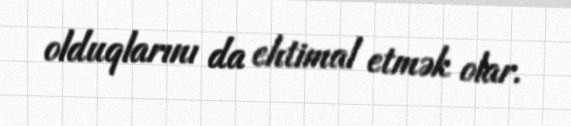
olduqlarını da ehtimal etmək olar.